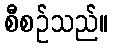
စီစဉ်သည်။